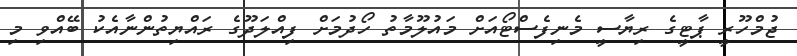
ޖުމްހޫރީ ޕާޓީގެ ރިޔާސީ މެނިފެސްޓޯއަށް މައުލޫމާތު ހޯދުމަށް ފިއްލަދޫގެ ރައްޔިތުންނާއެކު ބޭއްވި މި